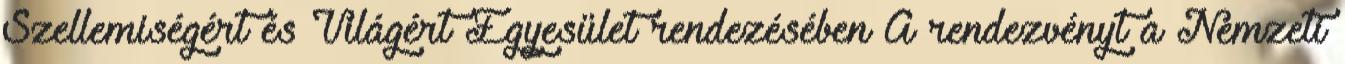
Szellemiségért és Világért Egyesület rendezésében A rendezvényt a Nemzeti